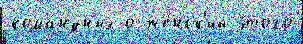
кома́ндных о же́нск'ий э́того